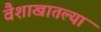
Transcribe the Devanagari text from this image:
वैशाखातल्या